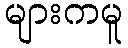
များကမူ